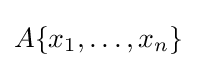
A\{x_{1},\dots ,x_{n}\}